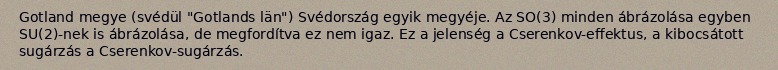
Gotland megye (svédül "Gotlands län") Svédország egyik megyéje. Az SO(3) minden ábrázolása egyben SU(2)-nek is ábrázolása, de megfordítva ez nem igaz. Ez a jelenség a Cserenkov-effektus, a kibocsátott sugárzás a Cserenkov-sugárzás.